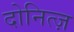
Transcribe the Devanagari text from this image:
दोनित्ज़